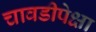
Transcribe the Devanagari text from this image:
चावडीपेक्षा